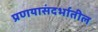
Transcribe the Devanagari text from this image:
प्रणयासंदर्भातील